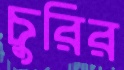
চুরির